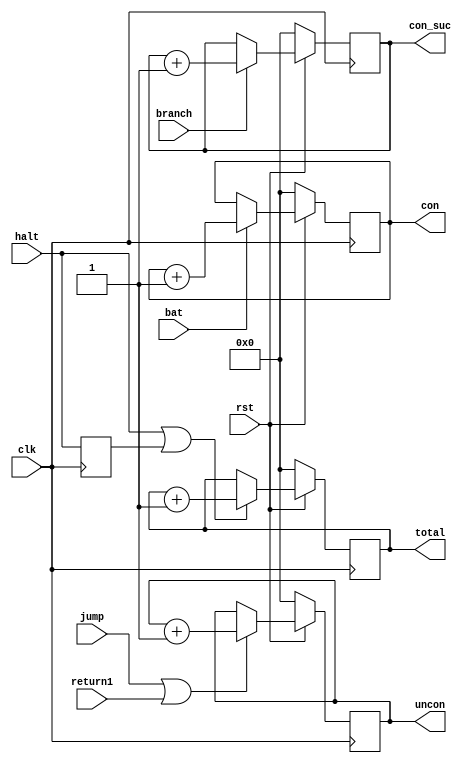
`timescale 1ns / 1ps
module counter( clk,rst,branch,bat,jump,return1,
                total,uncon,con,con_suc,halt);
   input clk;
   input rst;
   input branch;
   input bat;
   input jump;
   input return1;
   input halt;
   output reg[15:0] total;
   output reg[15:0] uncon;
   output reg[15:0] con;
   output reg[15:0] con_suc;
   reg reg_halt;
   wire or_jump_return1;
   assign or_jump_return1 = jump | return1;
   initial begin
           uncon <=0;
           con <=0;
           total <=0;
           con_suc <=0;
   end
   always @ (posedge clk) begin
    reg_halt <= halt;
     if(0==rst) begin
        total <= 0;
        uncon <= 0;
        con <= 0;
        con_suc <= 0;
     end
     else begin
     //
        if(or_jump_return1)
            uncon <= uncon +1;
        else
            uncon <= uncon;
     //
        if(bat)
            con <= con+1;
        else
            con <= con;
     //
        if(halt | reg_halt)
            total <= total +1;
        else
            total <= total;
     //
        if(branch)
            con_suc <= con_suc +1;
        else
            con_suc <= con_suc;
     end
   end
         
endmodule